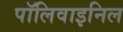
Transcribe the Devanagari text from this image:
पॉलिवाइनिल